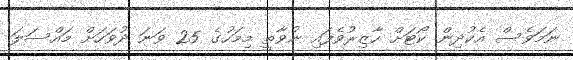
ނަމަވެސް އެކުދިން ކޯޓަށް ހާޒިރުވެފައި ނުވާތީ މިމަހުގެ 25 ވަނަ ދުވަހަށް މައްސަލަ